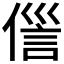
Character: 𬿏